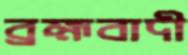
ব্রহ্মবাদী